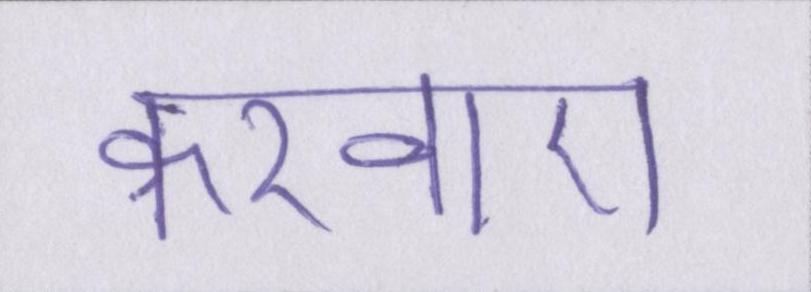
करवाए